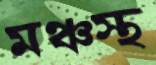
মঞ্চস্থ